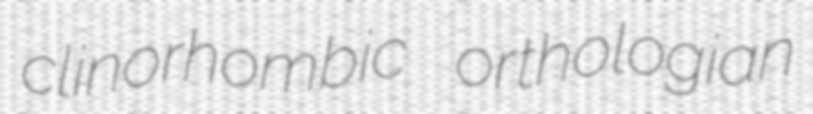
clinorhombic orthologian